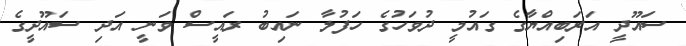
ސައޫދީ އަރަބިއްޔާގެ ގައުމީ ދުވަހުގެ ހަފުލާ ނައިބު ރައީސް ވަނީ އަދި ސައޫދީގެ